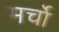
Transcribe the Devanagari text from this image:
मर्चो